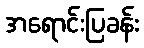
အရောင်းပြခန်း